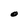
Character: O